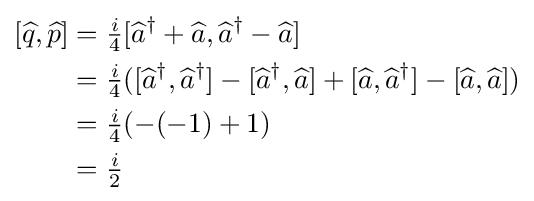
{\begin{aligned}\left[{\widehat {q}},{\widehat {p}}\right]&={\tfrac {i}{4}}[{\widehat {a}}^{\dagger }+{\widehat {a}},{\widehat {a}}^{\dagger }-{\widehat {a}}]\\&={\tfrac {i}{4}}([{\widehat {a}}^{\dagger },{\widehat {a}}^{\dagger }]-[{\widehat {a}}^{\dagger },{\widehat {a}}]+[{\widehat {a}},{\widehat {a}}^{\dagger }]-[{\widehat {a}},{\widehat {a}}])\\&={\tfrac {i}{4}}(-(-1)+1)\\&={\tfrac {i}{2}}\end{aligned}}